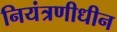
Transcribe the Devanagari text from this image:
नियंत्रणीधीन